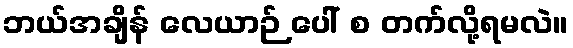
ဘယ်အချိန် လေယာဉ် ပေါ် စ တက်လို့ရမလဲ။